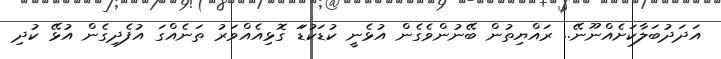
އަދަދުބަލާކަށެއްނޫނޭ.. ރައްޔިތުން ބޭނުންވެގެން އުޅެނީ ކުޑަކުޑަަ ގޮޅިއެއްވަރު ތަނެއްގަ އުފެދިގެން އުޅޭ ކުދި